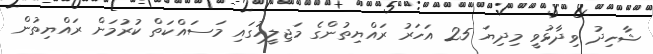
ޝާހިދު ވިދާޅުވީ މިދިޔަ 25 އަހަރު ރައްޔިތުންގެ މަޖިލީހުގައި މަސައްކަތް ކުރުމަށް ރައްޔިތުން